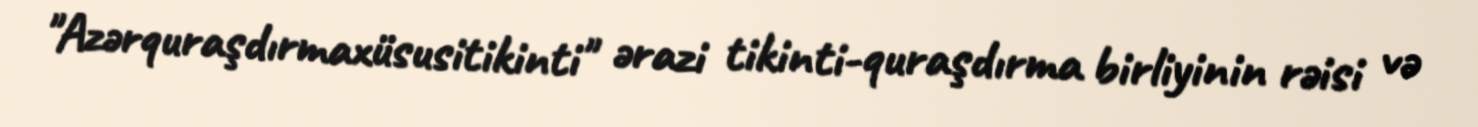
"Azərquraşdırmaxüsusitikinti" ərazi tikinti-quraşdırma birliyinin rəisi və